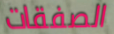
الصفقات